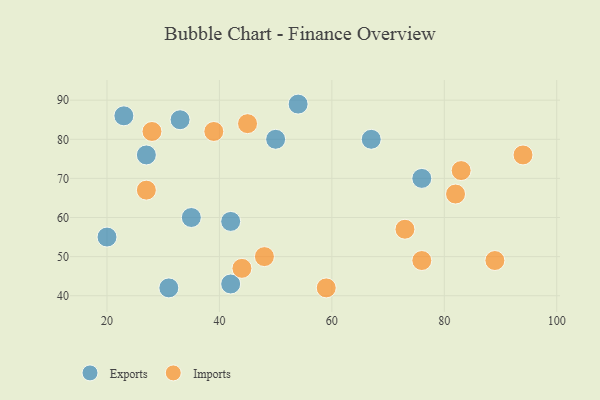
{"axis": {"x": "GDP", "y": "Life Expectancy"}, "legend": ["Exports", "Imports"], "data": [{"x": "54", "y": 89, "type": "Exports"}, {"x": "50", "y": 80, "type": "Exports"}, {"x": "20", "y": 55, "type": "Exports"}, {"x": "76", "y": 70, "type": "Exports"}, {"x": "42", "y": 59, "type": "Exports"}, {"x": "35", "y": 60, "type": "Exports"}, {"x": "42", "y": 43, "type": "Exports"}, {"x": "23", "y": 86, "type": "Exports"}, {"x": "31", "y": 42, "type": "Exports"}, {"x": "33", "y": 85, "type": "Exports"}, {"x": "67", "y": 80, "type": "Exports"}, {"x": "27", "y": 76, "type": "Exports"}, {"x": "83", "y": 72, "type": "Imports"}, {"x": "44", "y": 47, "type": "Imports"}, {"x": "73", "y": 57, "type": "Imports"}, {"x": "39", "y": 82, "type": "Imports"}, {"x": "89", "y": 49, "type": "Imports"}, {"x": "59", "y": 42, "type": "Imports"}, {"x": "76", "y": 49, "type": "Imports"}, {"x": "27", "y": 67, "type": "Imports"}, {"x": "48", "y": 50, "type": "Imports"}, {"x": "45", "y": 84, "type": "Imports"}, {"x": "94", "y": 76, "type": "Imports"}, {"x": "28", "y": 82, "type": "Imports"}, {"x": "82", "y": 66, "type": "Imports"}]}